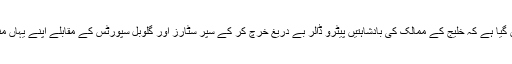
یوں یہ ایک ٹرینڈ بن گیا ہے کہ خلیج کے ممالک کی بادشاہتیں پیٹرو ڈالر بے دریغ خرچ کر کے سپر سٹارز اور گلوبل سپورٹس کے مقابلے اپنے یہاں منعقد کر وا رہے ہیں۔